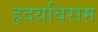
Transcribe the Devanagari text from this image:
हृदयविराम